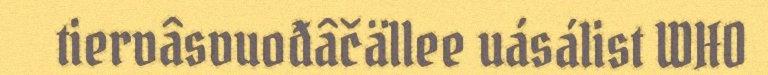
tiervâsvuođâčällee uásálist WHO